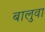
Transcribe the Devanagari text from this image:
बालुवा